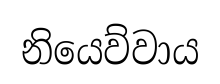
නියෙව්වාය